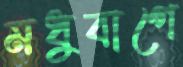
মধুবাগে